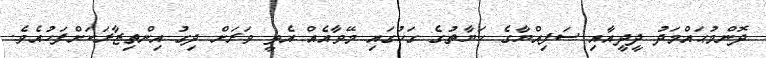
ދޮންމުޙައްމަދު ދީދީއާއި ސަފިއްޔާގެ ހަޔާތުގެ ގަހުގައި މޭވާއެއް އެޅީ ވަރަށް ދިގު އިންތިޒާރަކަށްފަހުއެވެ.